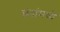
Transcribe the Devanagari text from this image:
छंदांमध्ये